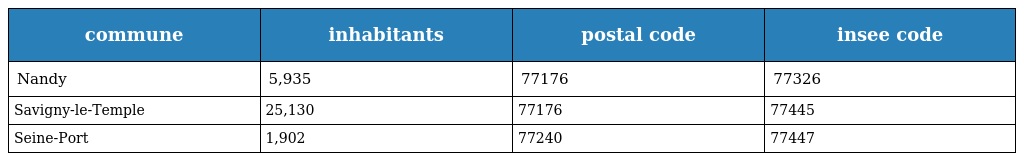
| commune | inhabitants | postal code | insee code |
 | --- | --- | --- | --- |
 | Nandy | 5,935 | 77176 | 77326 |
 | Savigny-le-Temple | 25,130 | 77176 | 77445 |
 | Seine-Port | 1,902 | 77240 | 77447 |